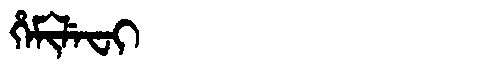
Manchu: ᡥᡝᠮᡳᠯᡝᠸᡳ
Romanization: HEMILEFI